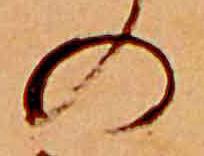
の